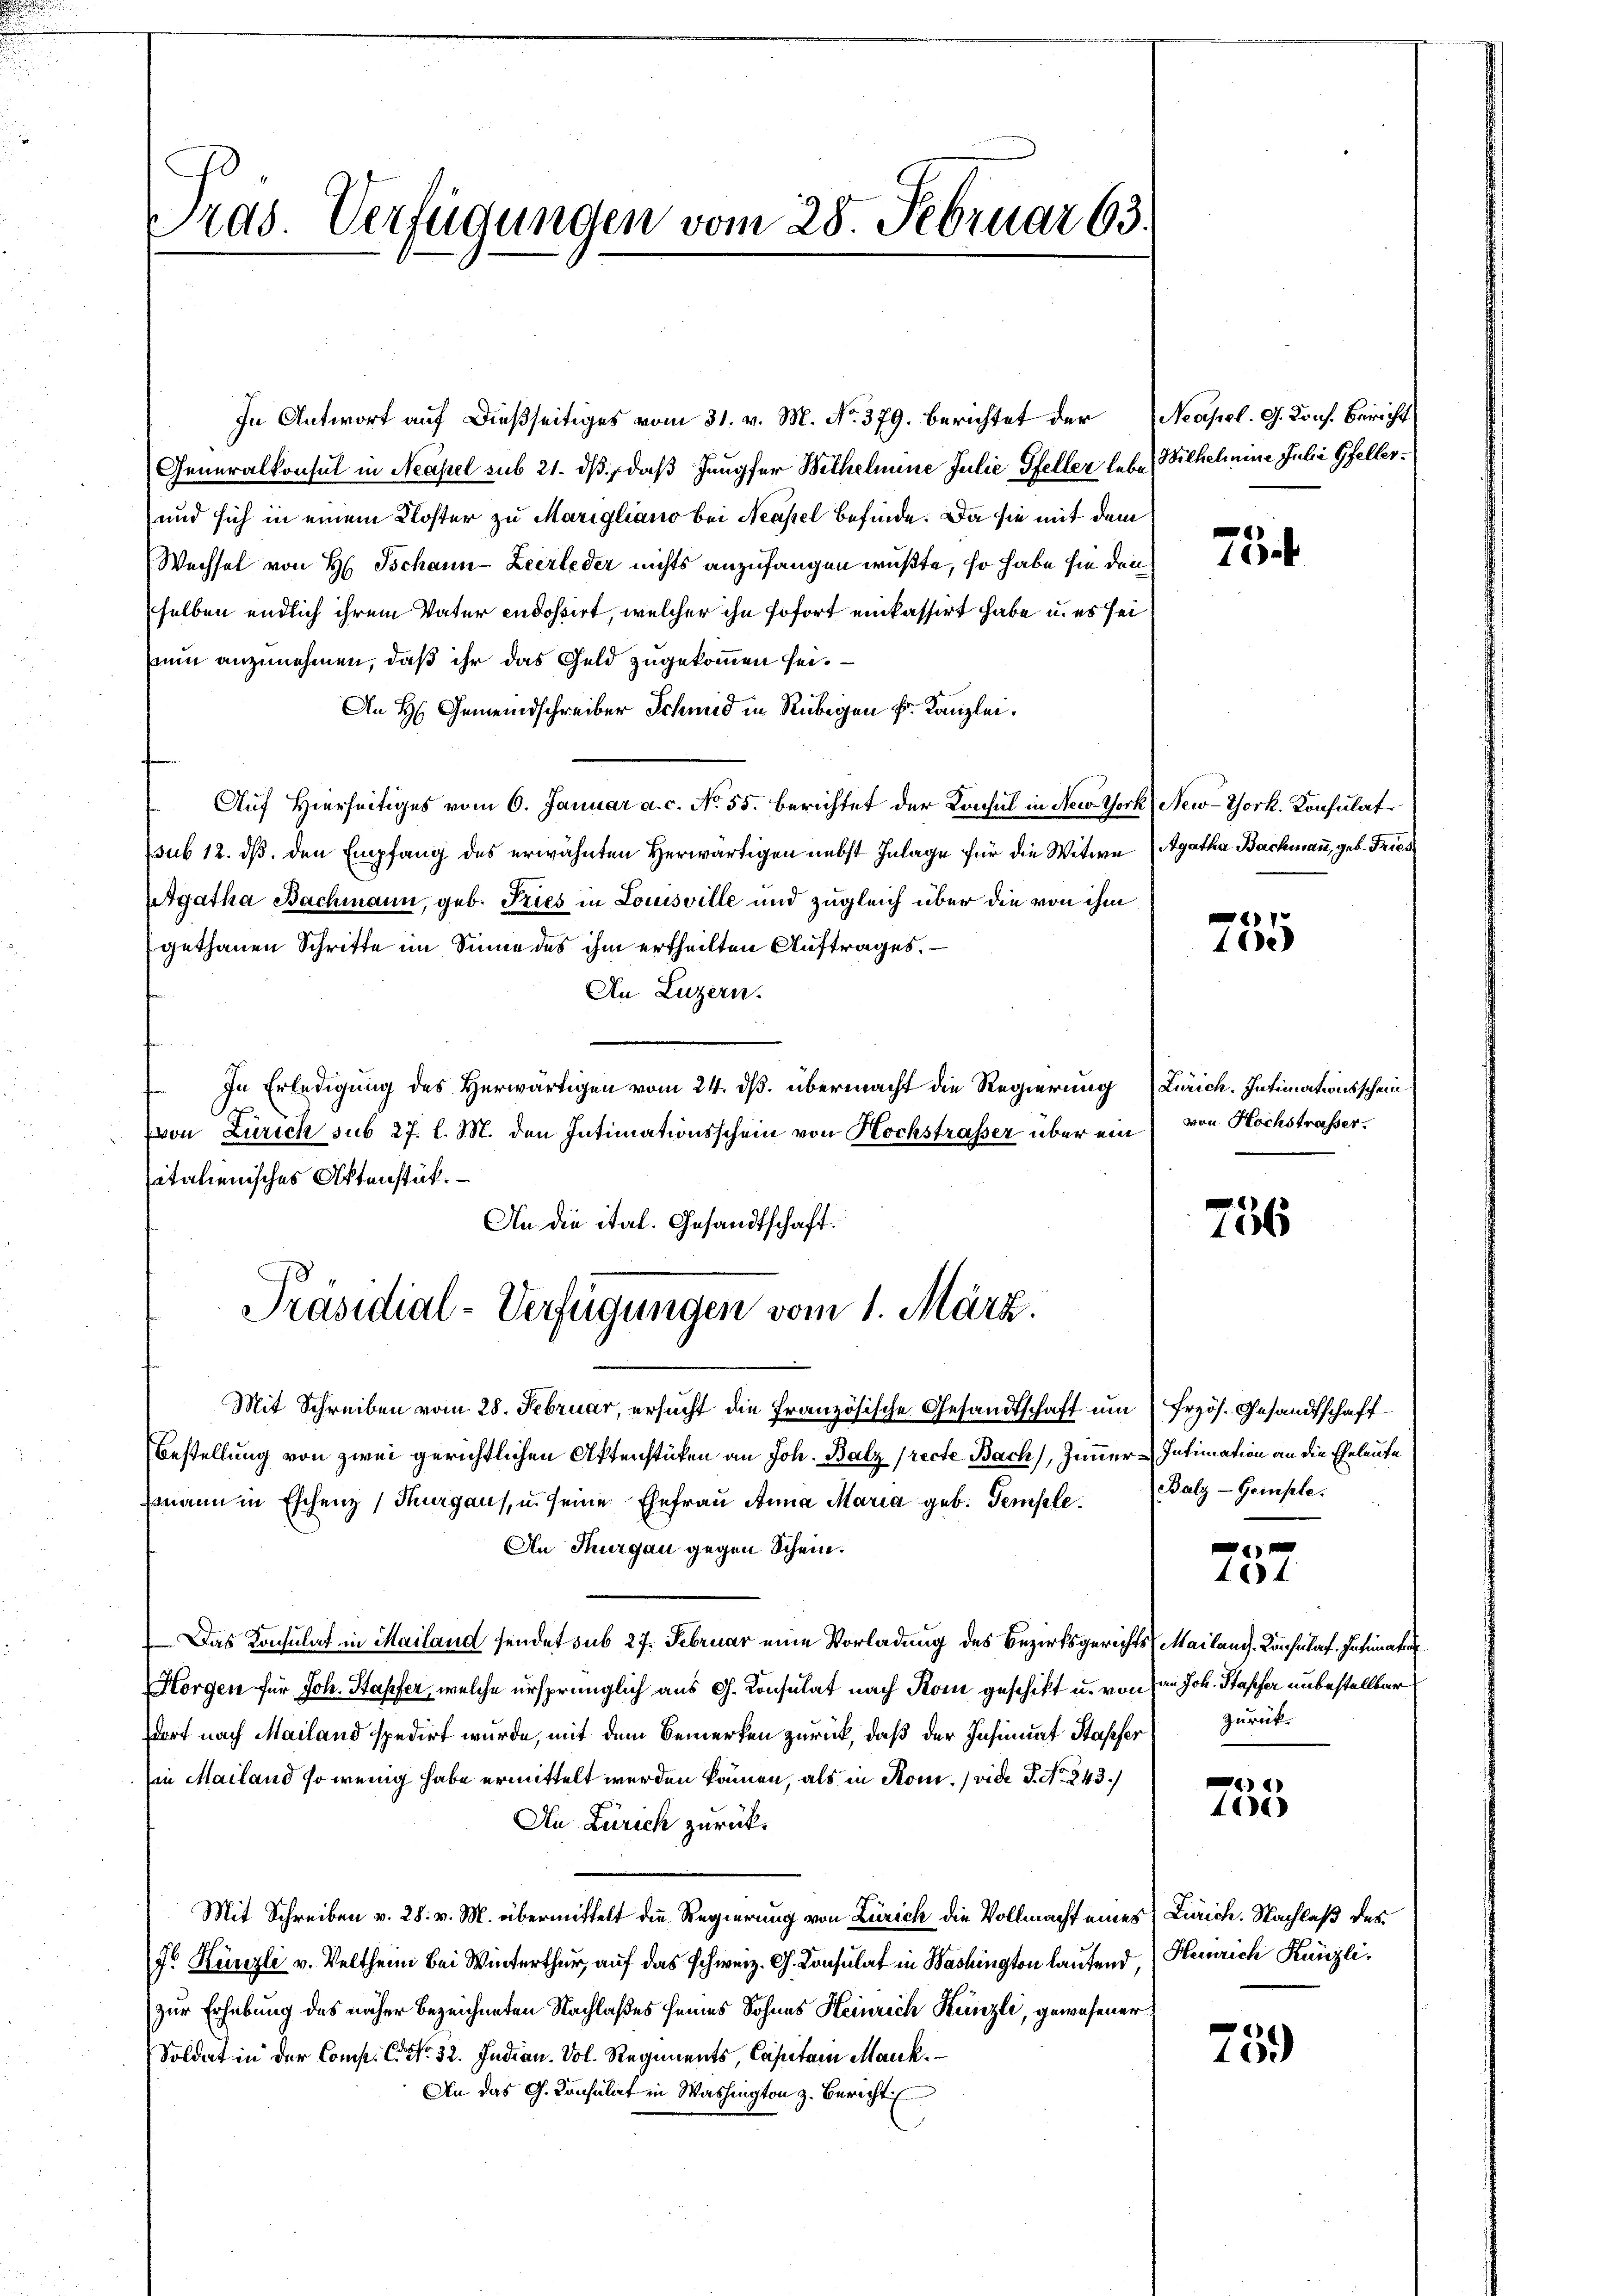
rad. Verfügungen vom 28. Februar 63.

In Antwort auf dießseitiges vom 31. v. M. No. 379. berichtet der
Generalkonsul in Neapel sub 21. ds, daß Jungfer Bethelmine Julie Pfeller lebe Wilhelmine Julia Gfeller¬
und sich in einem Kloster zu Marigliano bei Neapel befinde. Da sie mit dem
Wechsel von H. Tschann-Zeerleder nichts anzufangen wußte, so habe sie den
selben endlich ihrem Vater indossirt, welcher ihn sofort einkassirt habe, u. es sei
num anzunehmen, daß ihr das Geld zugekommen sei.
An H. Gemeindschreiber Schmid in Rubigen Fr. Kanzlei.
Auf Hierseitiges vom 6. Januar a. c. No. 55. berichtet der Konsul in New-York New-York. Konsulat
(sub 12. dβ den Empfang des erwähnten Herwärtigen nebst Inlage für die Witwe Agatha Bachmann, geb. Fries
Agatha Bachmann, geb. Tries in Louisville und zugleich über die von ihm
gethanen Schritte im Sinne des ihm ertheilten Auftrages.
An Luzern.
In Erledigung des Herwärtigen vom 24. dß. übermacht die Regierung Zürich. Intimationsschein
von Zürich sub 27. l. M. den Intimationsschein von Hochstrasser über ein
sitalienisches Aktenstük.
An die ital. Gesandtschaft.
Präsidial-Verfügungen vom 1. März.
Mit Schreiben vom 28. Februar, ersucht die Französische Gesandtschaft um (Frzös. Gesandtschaft
Bestellung von zwei gerichtlichen Aktenstüken an Joh. Balz (recte Bach), Zimmer Intimation an die Eheleute
mann in Eschenz (Thurgaus, u. seine Ehefrau Anna Maria geb. Tempele. Salz-Gemple.
An Thurgau gegen Schein.
Das Konsulat in Mailand sendet sub 27. Februar eine Vorladung des Bezirksgerichts (Mailand. Konsulaf. Intimat
Horgen für Joh. Hapfer, welche ursprünglich aus G. Konsulat nach Rom geschikt u. von an Joh. Stapfer unbestellbar
dort nach Mailand spedirt wurde, mit dem Bemerken zurück, daß der Insinuat Kasser zurückin Mailand so wenig habe ermittelt werden können, als in Rom.) vide P. No. 243./
Au Zürich zurück¬
Mit Schreiben v. 28. v. M. übermittelt die Regierung von Zürich die Vollmacht eines Zürich. Nachlaß des
7r Künzli v. Veltheim bei Winterthur, auf das schweiz. G. Konsulat in Washington laufend Heinrich Künzli.
zur Erhebung des näher bezeichneten Nachlaßes seines Sohnes Heinrich Kanzli, gewesener:
Soldat in der Comp. C. No. 32. Indian. Vol. Regiments, Capitain Mank.
An das G. Consulat in Washington z. Bericht

Neapel. G. Kons. Bericht

75.

1
402

von Hochstrasser.

756

¬
25

1
460)

759